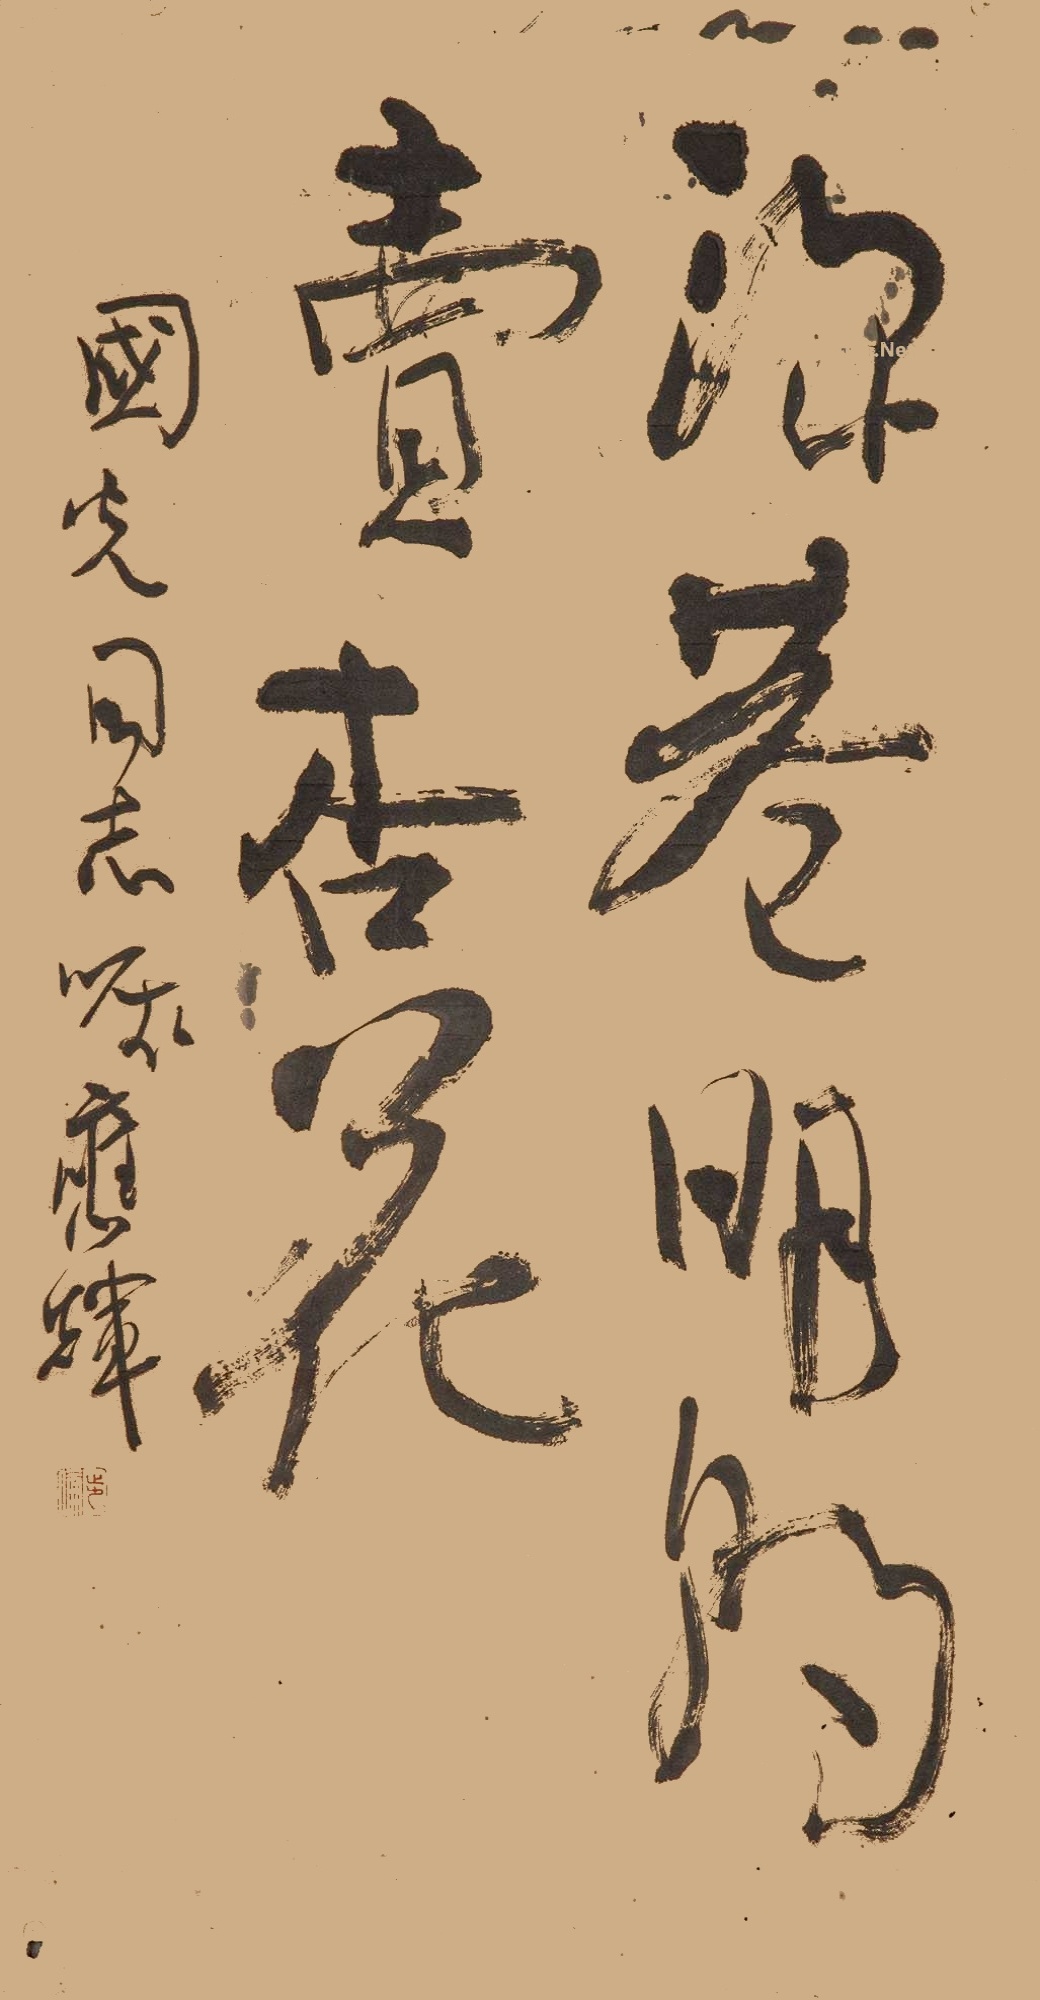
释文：深巷明朝卖杏花。国光同志嘱，应辉。